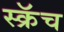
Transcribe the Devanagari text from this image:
स्क्रॅच